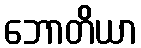
ဘောတိယာ